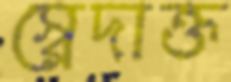
স্বেদাক্ত